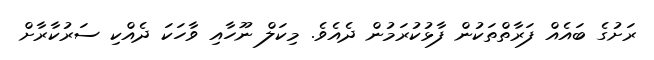
ރަށުގެ ބައެއް ފަރާތްތަކުން ފާޅުކުރަމުން ދެއެވެ. މިކަލް ނޫހާއި ވާހަކަ ދެއްކި ސަރުކާރާށް